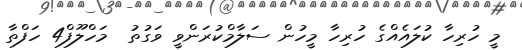
މީ ހުރިހާ ކުލައެއްގެ ހުރިހާ މީހުން ސަލާމްކުރަންވީ ވަގުތު  މަހްލޫފް4 ހަފްތާ